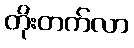
တိုးတက်လာ